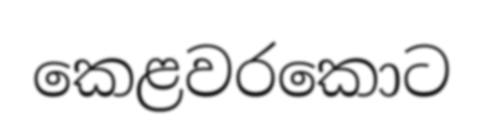
කෙළවරකොට